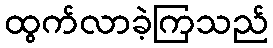
ထွက်လာခဲ့ကြသည်